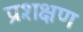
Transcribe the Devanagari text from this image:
प्रशक्षण